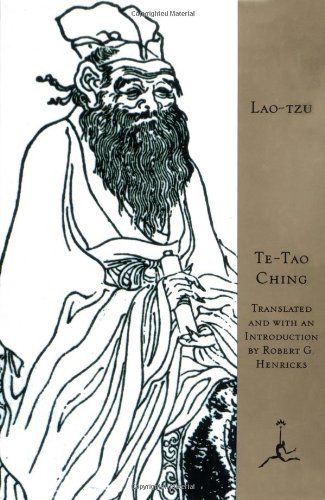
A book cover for Te-Tao Ching (Modern Library); Lao-Tzu; Religion & Spirituality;